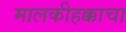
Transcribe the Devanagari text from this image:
मालकीहक्काचा